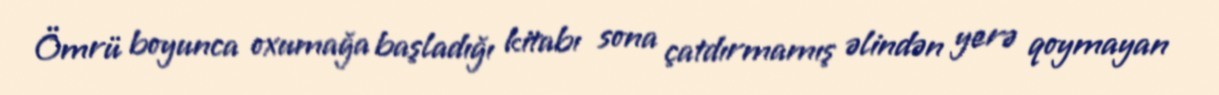
Ömrü boyunca oxumağa başladığı kitabı sona çatdırmamış əlindən yerə qoymayan